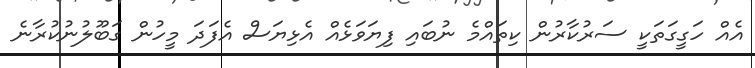
އެއް ހަގީގަތަކީ ސަރުކާރުން ކިތައްމެ ނުބައި ފިޔަވަޅެއް އެޅިޔަސް އެފަދަ މީހުން ގަބޫލުނުކުރާނެ